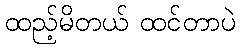
ထည့်မိတယ် ထင်တာပဲ